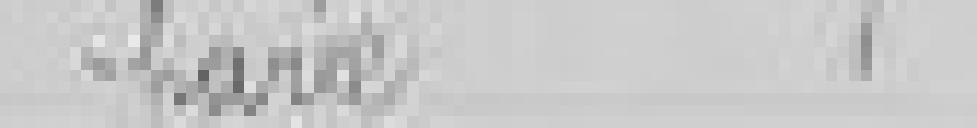
-parée